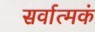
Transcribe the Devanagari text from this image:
सर्वात्मकं